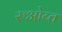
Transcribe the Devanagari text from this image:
रुओय्त